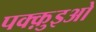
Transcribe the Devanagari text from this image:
पक्क़ुइओ